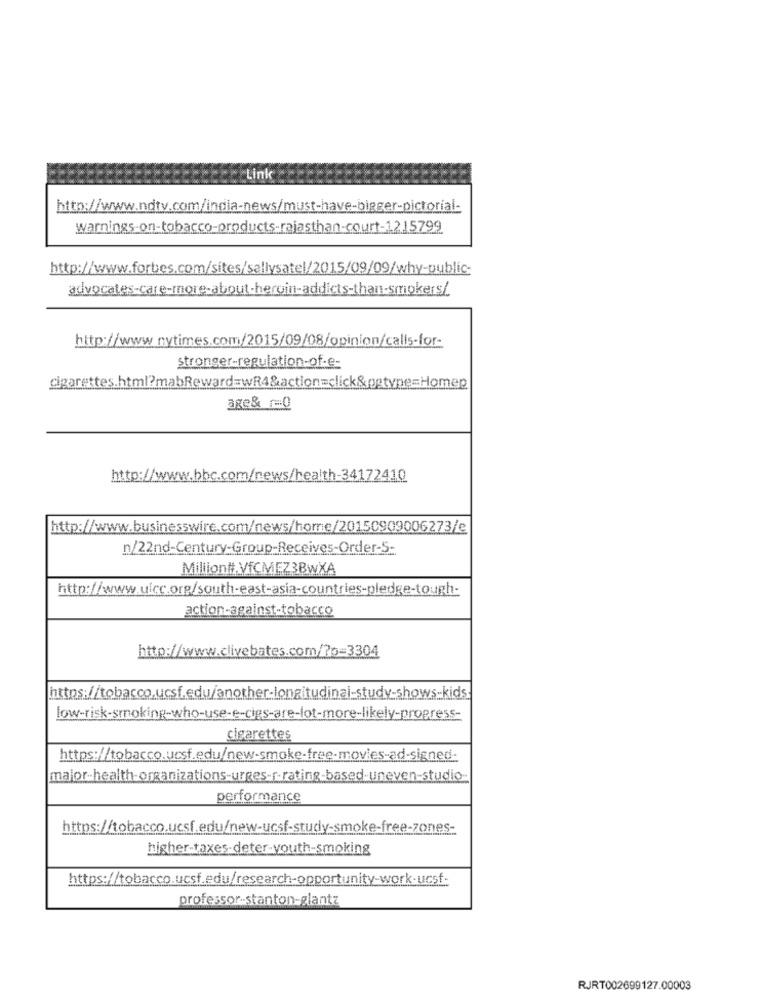
Link
http://www.ndtv.com/india-news/must-have-bigger-pictorial-
warnings-on-tobacco-products-rajasthan-court-1215799
http://www.forbes.com/sites/sallysatel/2015/09/09/why-public-
advocates-care-more-about-heroin-addicts-than-smokers/
http://www.nytimes.com/2015/09/08/opinion/calls-for-
stronger-regulation-of-e-
cigarettes.html?mabReward=wR4&action=click&pgtype=Homep
age& 0
http://www.bbc.com/news/health-34172410
http://www.businesswire.com/news/home/20150909006273/e
n/22nd-Century-Group-Receives-Order-S-
Milliontt,VICMEZ3BwXA
http://www.uicc.org/south-east-asia-countries-pledge-tough-
action-against-tobacco
http://www.clivebates.com/?p=3304
https://tobacco.ucsf.edu/another-longitudinal-study-shows-kids
low-risk-smoking-who-use-e-cigs-are-lot-more-likely-progress-
cigarettes
https://tobacco.ucsf.edu/new-smoke-free-movies-ad-signed-
major-health-organizations-urges-r-rating-based-uneven-studio-
performance
https://tobacco.ucsf.edu/new-ucsf-study-smoke-free-zones-
higher-taxes-deter-youth-smoking
https://tobacco.ucsf.edu/research-opportunity-work-ucsf-
professor-stanton-glantz
RJRT002699127.00003